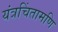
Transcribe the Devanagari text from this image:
यंत्रचिंतामणि